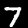
Digit: 7